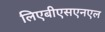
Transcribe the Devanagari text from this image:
लिएबीएसएनएल